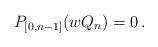
LaTeX: \begin{align*}{P}_{[0,n-1]}(wQ_n)=0\,.\end{align*}